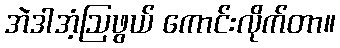
အဲဒါအံ့ဩဖွယ် ကောင်းလိုက်တာ။